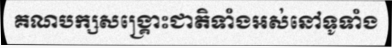
គណបក្សសង្គ្រោះជាតិទាំងអស់នៅទូទាំង